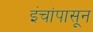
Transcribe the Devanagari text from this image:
इंचांपासून